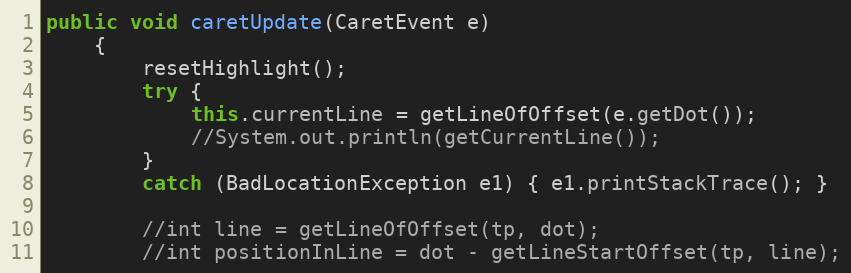
Language: Java
public void caretUpdate(CaretEvent e)
	{
		resetHighlight();
		try {
			this.currentLine = getLineOfOffset(e.getDot());
			//System.out.println(getCurrentLine());
		}
		catch (BadLocationException e1) { e1.printStackTrace(); }

		//int line = getLineOfOffset(tp, dot);
	    //int positionInLine = dot - getLineStartOffset(tp, line);